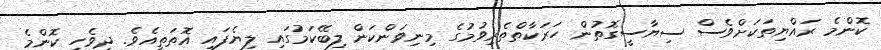
ކޮންމެ ރައްޔިތަކަށްވެސް ސިޔާސީގޮތުން ހަރަކާތްތެރިވުމުގެ މިނިވަންކަން ލިބޭކަމުގައި ލިޔެފައި އޮތަތީއެވެ. ދިވެހި ކޮންމެ